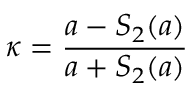
\kappa = \frac { a - S _ { 2 } ( a ) } { a + S _ { 2 } ( a ) } \qquad